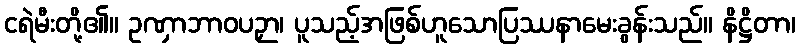
ငရဲမီးတို့၏။ ဥဏှာဘာဝပဉှာ၊ ပူသည့်အဖြစ်ဟူသောပြဿနာမေးခွန်းသည်။ နိဋ္ဌိတာ၊